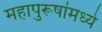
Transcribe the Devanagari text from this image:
महापुरूषांमध्ये